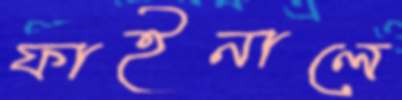
ফাইনালে